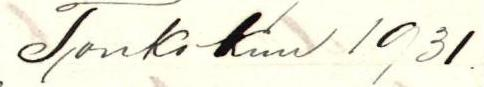
Toukokuu 1931.